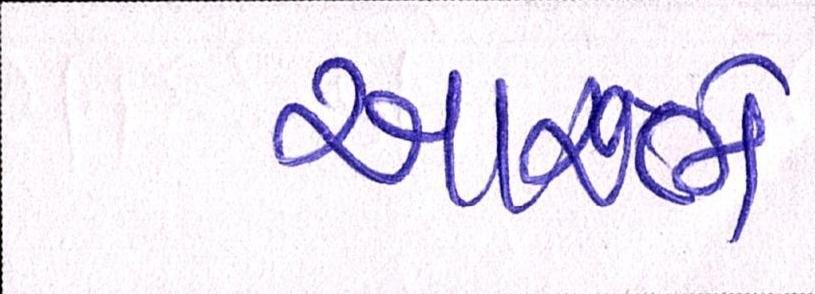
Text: આરંભે